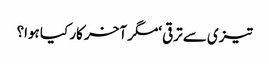
تیزی سے ترقی ‘مگر آخر کار کیا ہوا؟